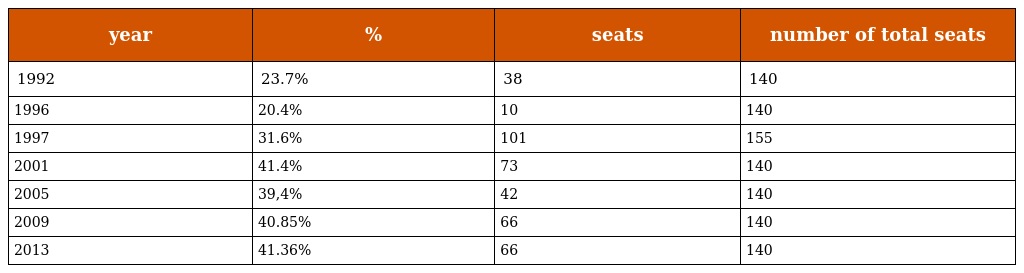
| year | % | seats | number of total seats |
 | --- | --- | --- | --- |
 | 1992 | 23.7% | 38 | 140 |
 | 1996 | 20.4% | 10 | 140 |
 | 1997 | 31.6% | 101 | 155 |
 | 2001 | 41.4% | 73 | 140 |
 | 2005 | 39,4% | 42 | 140 |
 | 2009 | 40.85% | 66 | 140 |
 | 2013 | 41.36% | 66 | 140 |